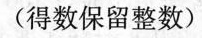
(得数保留整数)